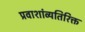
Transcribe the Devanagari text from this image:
प्रवाशांव्यतिरिक्त